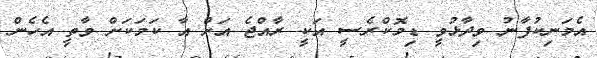
އެމަނިކުފާނު ވިދާޅުވީ ޑިމޮކްރެސީ އަކީ ރާއްޖެ އަށް އާ ކަަމަކަށް ވާތީ އެހެން